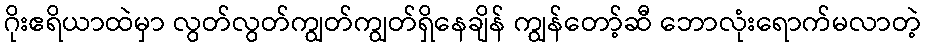
ဂိုးဧရိယာထဲမှာ လွတ်လွတ်ကျွတ်ကျွတ်ရှိနေချိန် ကျွန်တော့်ဆီ ဘောလုံးရောက်မလာတဲ့